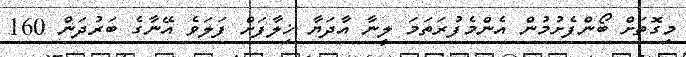
މިގޮތަށް ބޯންފެށުމުން އެންމެފުރަތަމަ ލީނާ އާދަޔާ ޚިލާފަށް ފަލަވެ އޭނާގެ ބަރުދަން 160